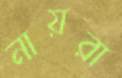
নায়রা